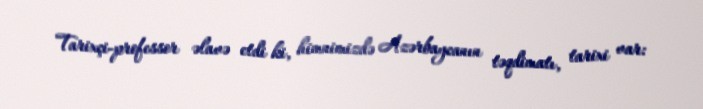
Tarixçi-professor əlavə etdi ki, himnimizdə Azərbaycanın təqdimatı, tarixi var: